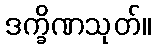
ဒက္ခိဏသုတ်။